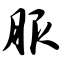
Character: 服